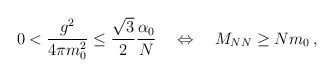
\begin{align*}0<\frac{g^2}{4\pi m_0^2}\leq\frac{\sqrt{3}}{2}\frac{\alpha_0}{N}\quad\Leftrightarrow\quad M_{NN}\geq Nm_0\,,\end{align*}